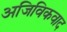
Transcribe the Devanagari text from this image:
अजिविकवाद